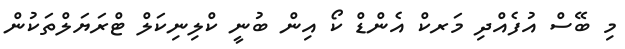
މި ބޭސް އުފެއްދި މަރކް އެންޑް ކޯ އިން ބުނީ ކްލިނިކަލް ޓްރަޔަލްތަކުން